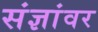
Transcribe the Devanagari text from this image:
संज्ञांवर